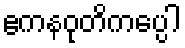
ဧကနဝုတိကပ္ပေါ